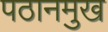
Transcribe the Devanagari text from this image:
पठानमुख